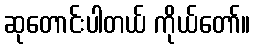
ဆုတောင်းပါတယ် ကိုယ်တော်။